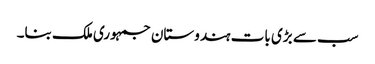
سب سے بڑی بات ہندوستان جمہوری ملک بنا۔